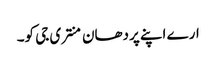
ارے اپنے پردھان منتری جی کو۔